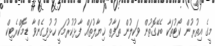
މީގެ އިތުރުން ކޯޓުތަކާ ބެހޭގޮތުން ވަކީލުން ތަފާތު ޚިޔާލުތައް ފާޅުކުރުމަކީ ހުޅުވިގެންވާ ޑިމޮކްރެޓިކް